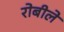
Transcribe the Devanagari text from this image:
रोबीले